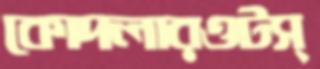
কোদলারওটস্‌